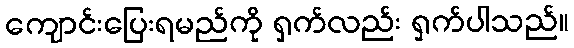
ကျောင်းပြေးရမည်ကို ရှက်လည်း ရှက်ပါသည်။